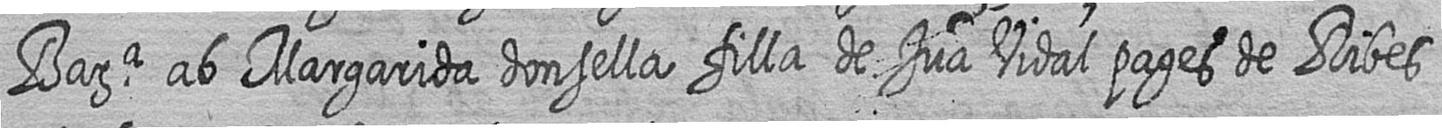
Bara ab Margarida donsella filla de Jua Vidal pages de Ribes